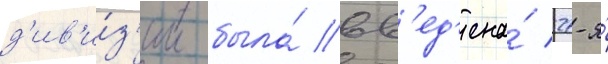
д'ив'и́з'ии была́ вв'ед'ена́ 27-я́